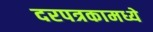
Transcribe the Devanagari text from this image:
दरपत्रकामध्ये